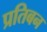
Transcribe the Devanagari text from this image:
प्रतिबन